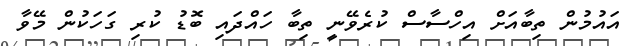
އައުމުން ތިބާއަށް އިހްސާސް ކުރެވޭނީ ތިބާ ހައްދައި ބޮޑު ކުރި ގަހަކުން މޭވާ